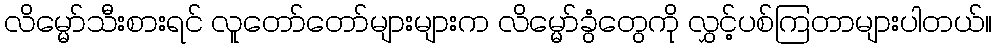
လိမ္မော်သီးစားရင် လူတော်တော်များများက လိမ္မော်ခွံတွေကို လွှင့်ပစ်ကြတာများပါတယ်။